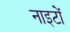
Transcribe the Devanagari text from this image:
नाइटों